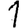
Digit: 1